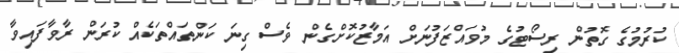
ކުރުމުގެ ގޮތުން ރިސޯޓުގެ މުވައްޒަފުނަށް އަމާޒުކޮށްގެން ވެސް ގިނަ ކަންތައްތަކެއް ކުރަން ރާވާފައިވާ